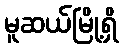
မူဆယ်မြို့ရှိ